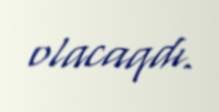
olacaqdı.